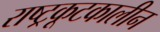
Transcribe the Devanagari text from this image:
राष्ट्रकूटकालीन